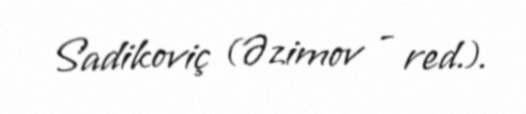
Sadikoviç (Əzimov - red.).